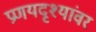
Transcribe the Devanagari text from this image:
प्रणयदृश्यांवर